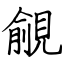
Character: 覦